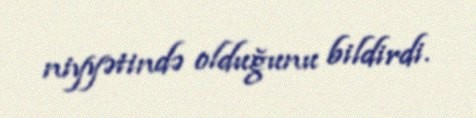
niyyətində olduğunu bildirdi.